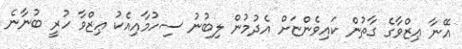
އޭނާ ޢިޒްވާގެ ގާތުން ކައިވެންޏަށް އެދުމުން ލިބުނު ސިހުމާއިއެކު ޢިޒްވާ ހުރީ ބުނާނެ